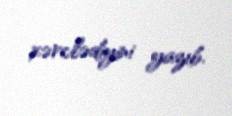
xərclədiyini yazıb.